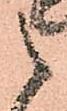
之